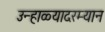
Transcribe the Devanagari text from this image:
उन्हाळ्यादरम्यान